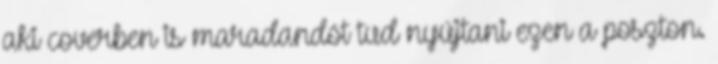
aki coverben is maradandót tud nyújtani ezen a poszton.